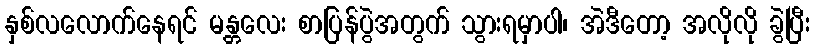
နှစ်လလောက်နေရင် မန္တလေး စာပြန်ပွဲအတွက် သွားရမှာပါ၊ အဲဒီတော့ အလိုလို ခွဲပြီး